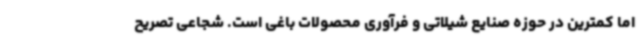
اما کمترین در حوزه صنایع شیلاتی و فرآوری محصولات باغی است. شجاعی تصریح